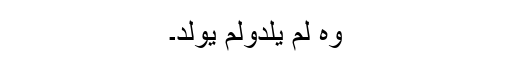
وہ لم یلدولم یولد۔